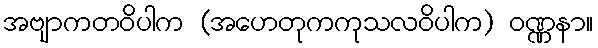
အဗျာကတဝိပါက (အဟေတုကကုသလဝိပါက) ဝဏ္ဏနာ။